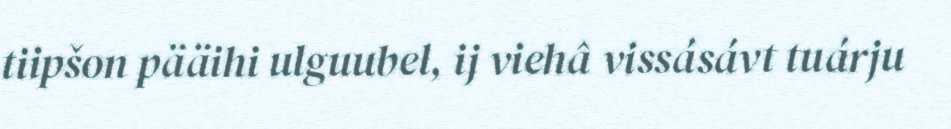
tiipšon pääihi ulguubel, ij viehâ vissásávt tuárju